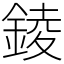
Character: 錂